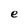
Character: e